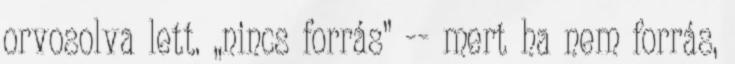
orvosolva lett. „nincs forrás” -- mert ha nem forrás,